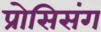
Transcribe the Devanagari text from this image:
प्रोसिसंग